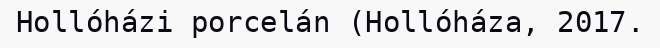
Hollóházi porcelán (Hollóháza, 2017.